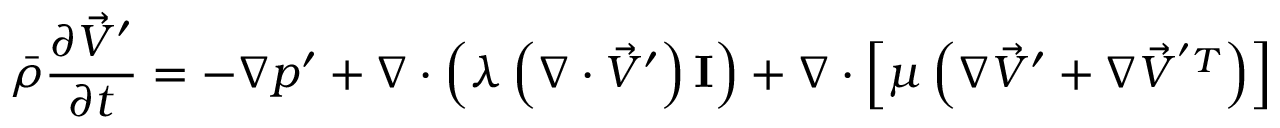
\bar { \rho } \frac { \partial \vec { V } ^ { \prime } } { \partial t } = - \nabla p ^ { \prime } + \nabla \cdot \left( \lambda \left( \nabla \cdot \vec { V } ^ { \prime } \right) \bf { I } \right) + \nabla \cdot \left[ \mu \left( \nabla \vec { V } ^ { \prime } + \nabla \vec { V } ^ { ' T } \right) \right]